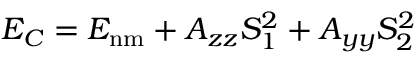
E _ { C } = E _ { \mathrm { n m } } + A _ { z z } S _ { 1 } ^ { 2 } + A _ { y y } S _ { 2 } ^ { 2 }